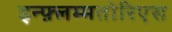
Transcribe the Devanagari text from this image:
इन्फ़्लम्मतोरिएस